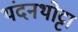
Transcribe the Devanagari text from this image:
थंदनथोट्टा